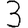
Digit: 3